Bréfritari: Stefanía Siggeirsdóttir
Viðtakandi: Páll Pálsson
Dagsetning: A-1865-11-18
Skrifað á: Hraungerði  Árn.
Stefanía var bróðurdóttir Páls Pálssonar

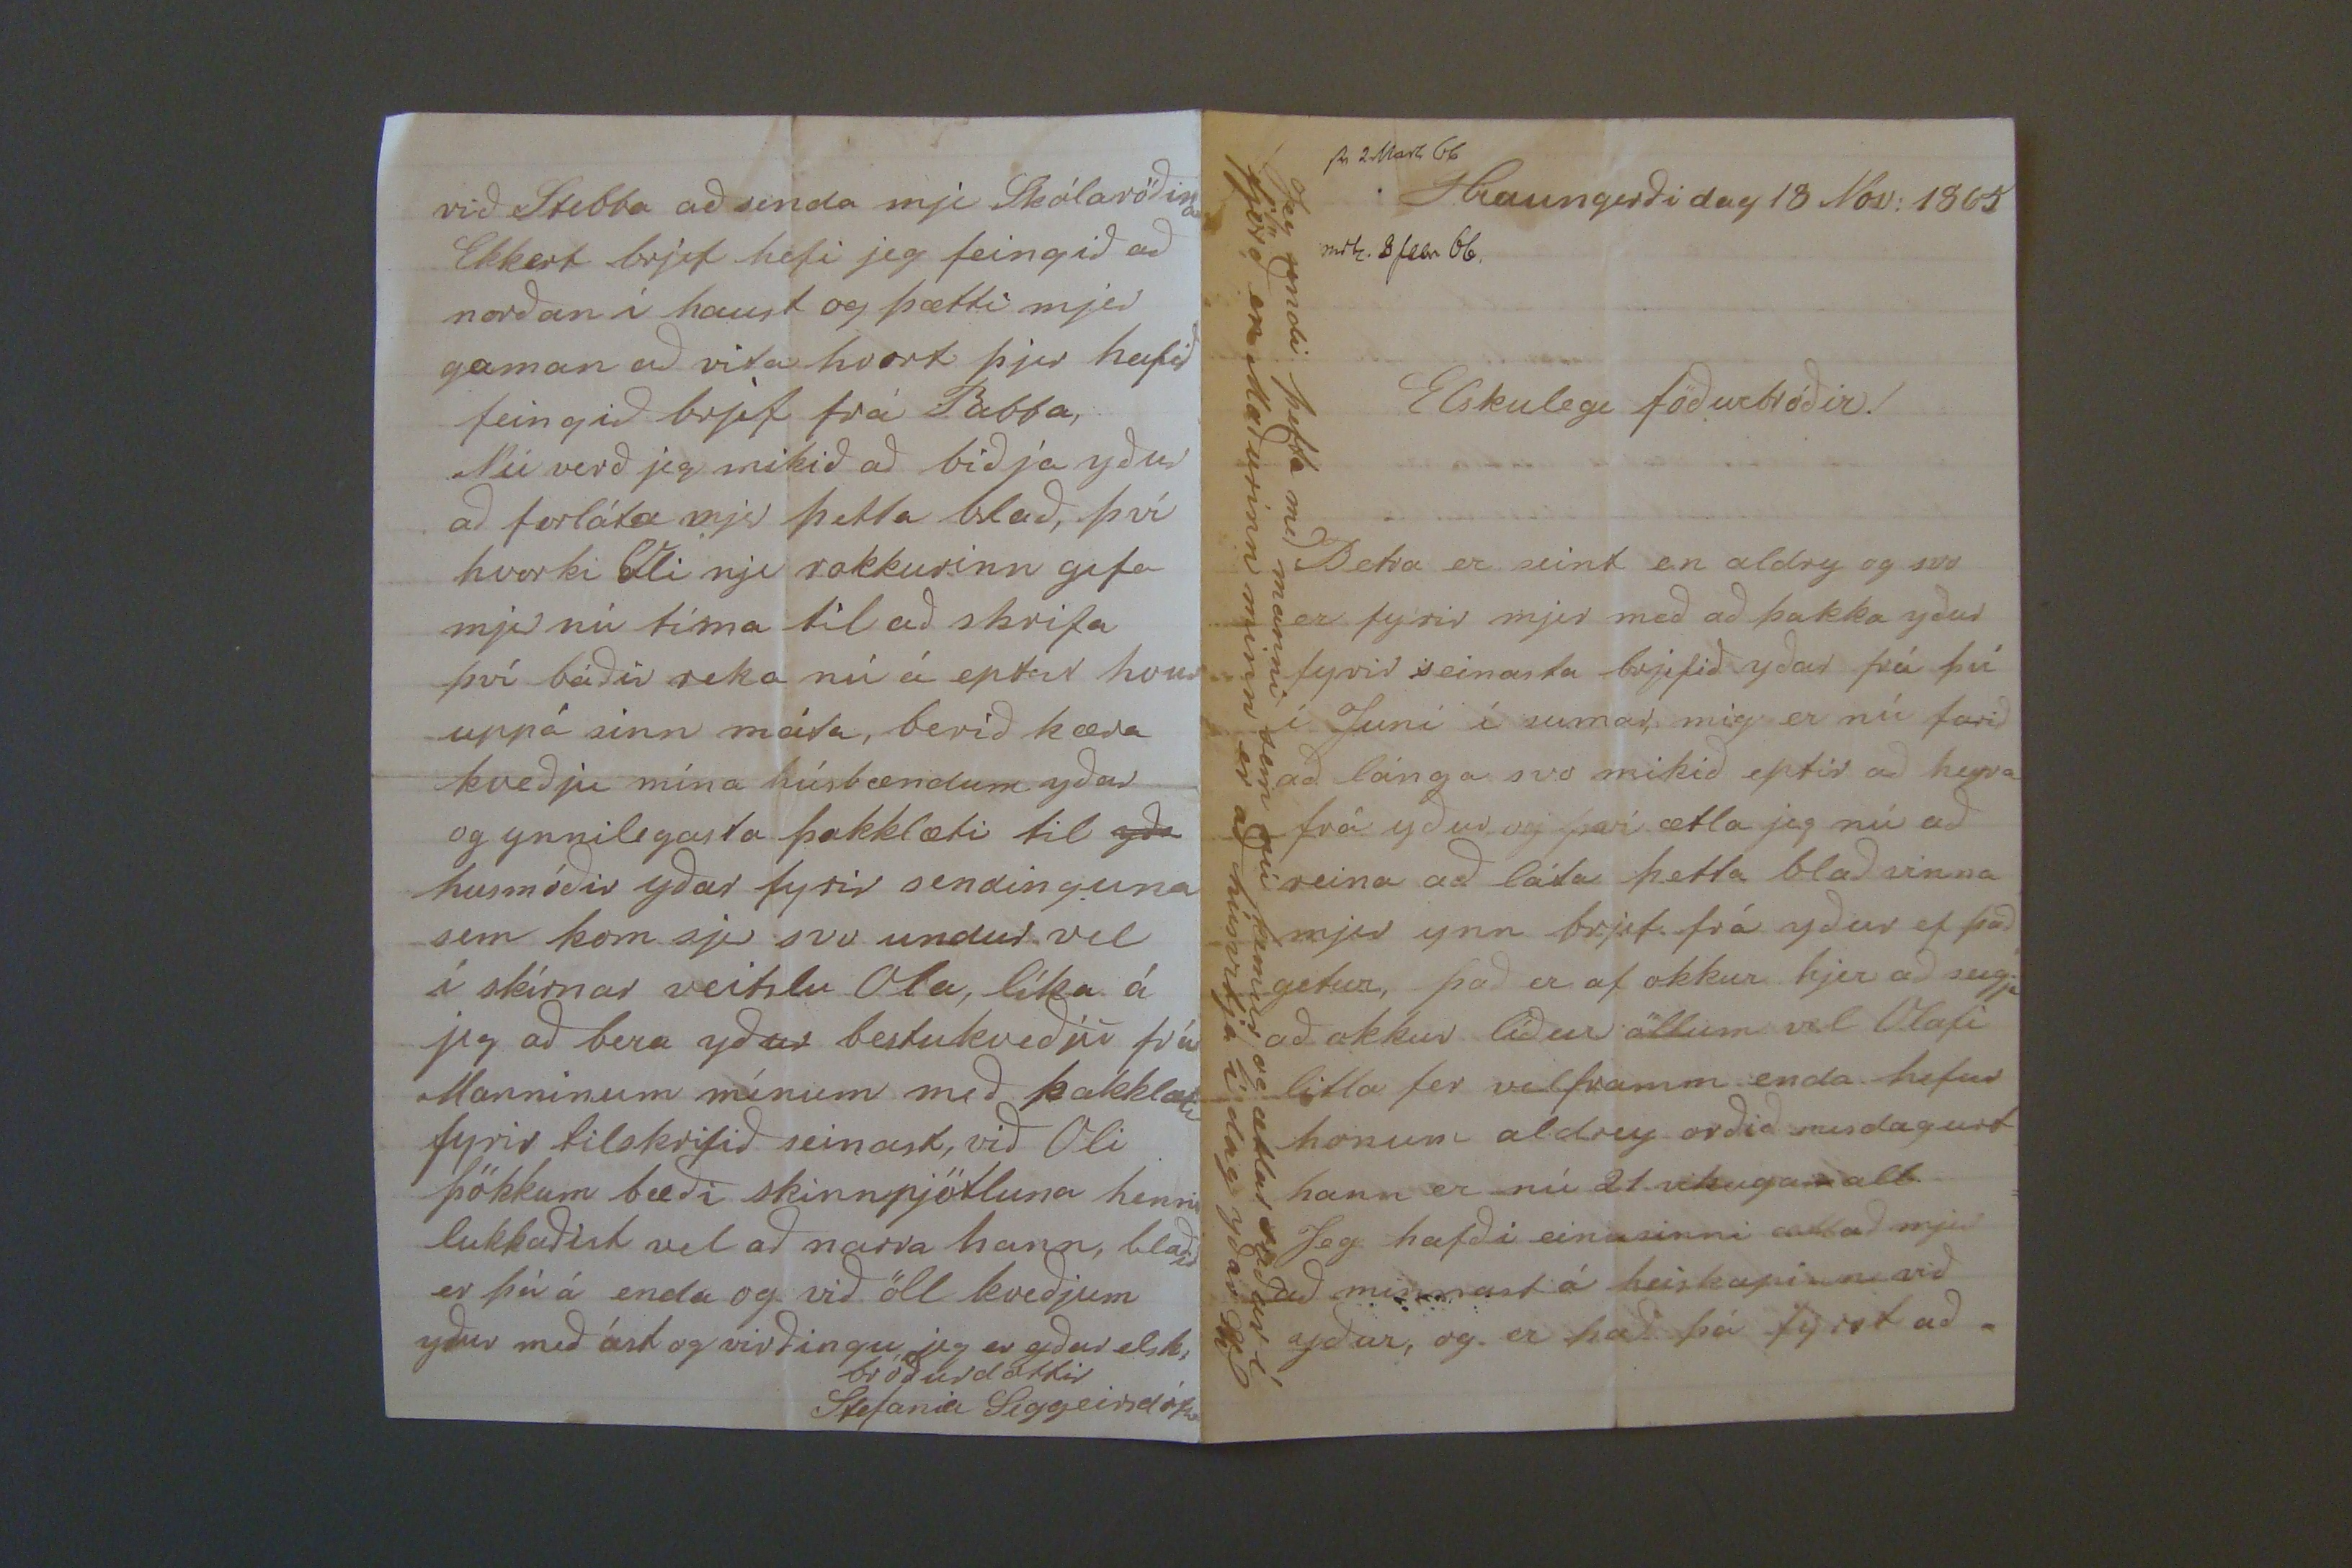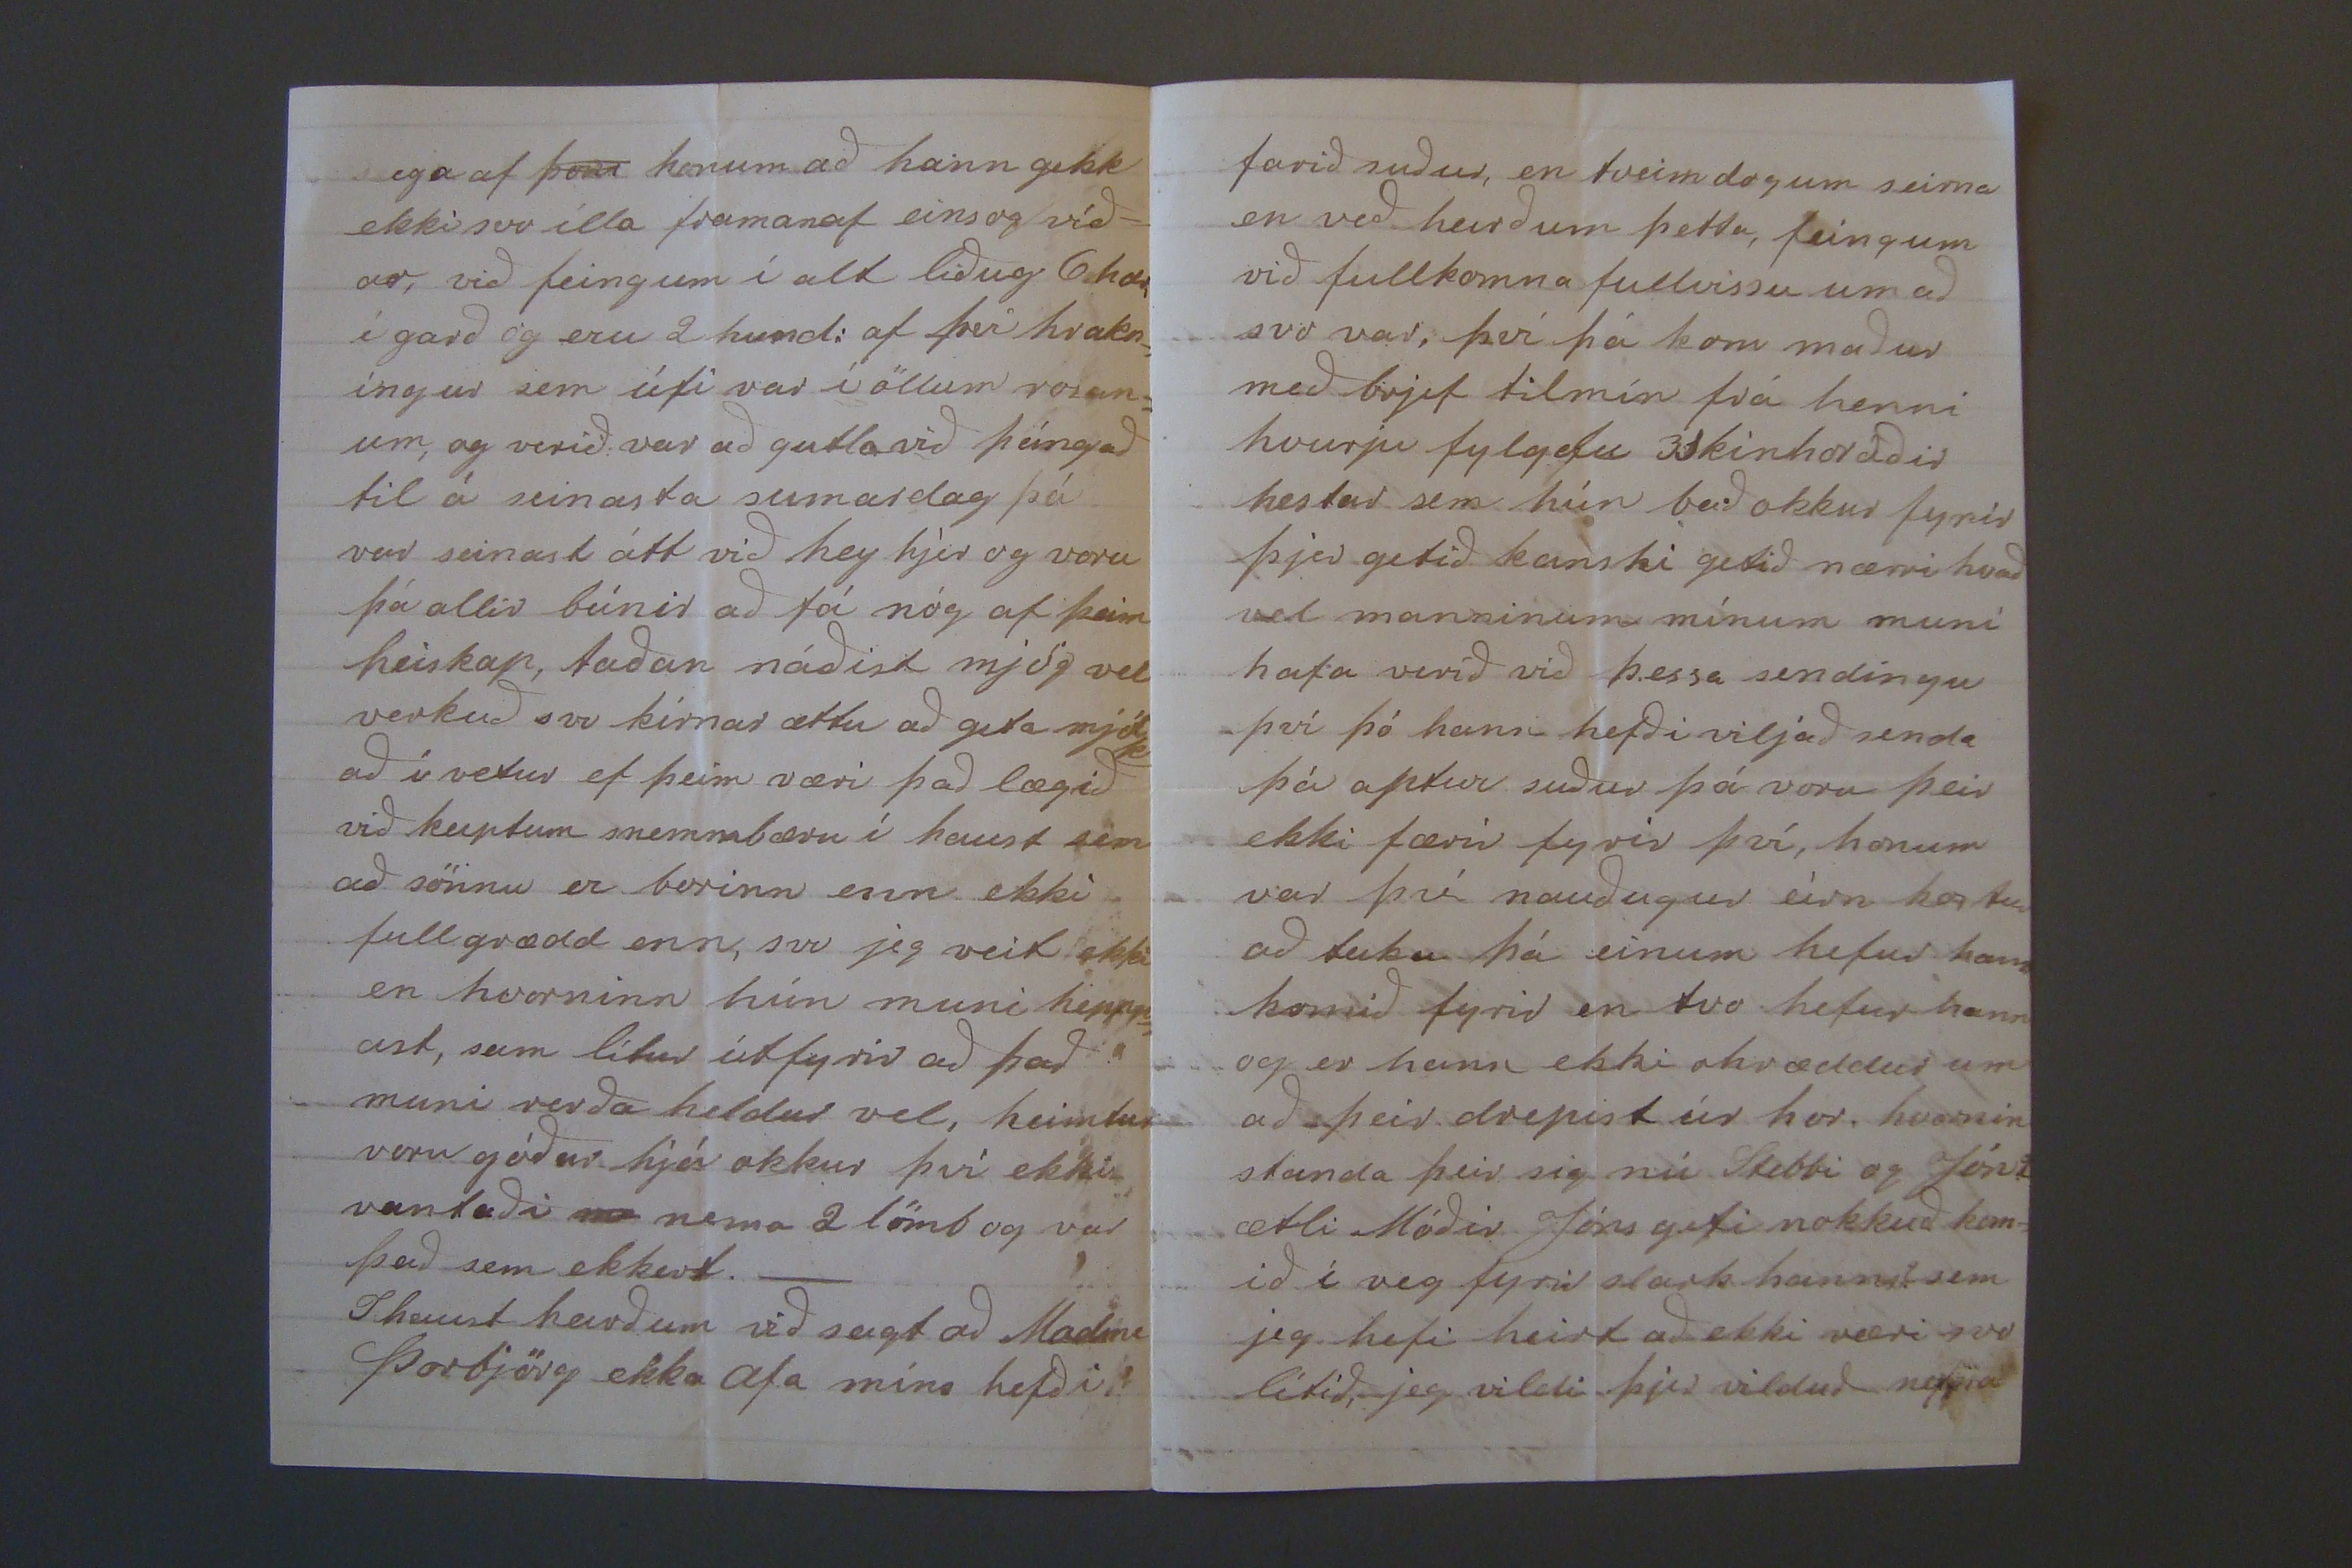

sv 2 Marz 66 Hraungerði dag 18 Nóv: 1865
m000 8 febr 66.
Elskulegi föðurbróðir!
Betra er seint en aldrey og svo er fyrir mjer með að þakka yður fyrir seinasta brjefið yðar frá því í Juní í sumar, mig er nú farið að lánga svo mikið eptir að heyra frá yður og því ætla jeg nú að reina að láta þetta blað vinna mjer ynn brjefi frá yður ef það getur, það er af okkur hjer að seigja að okkur líður öllum vel Olafi litla fer velframm enda hefur honum aldrey orðið misdægurt hann er nú 21 vikugamall Jeg hafði einusinni ætlað mjer að minnast á heiskapinn við yður, og er það þá fyrst að
Jeg sendi þetta með manni sem nú kemur og ætlar suður í fjörð, en Maðurinn minn er að húsvitja í dag yðar Ste
eg a af
þem
honum að hann gekk ekki svo illa framanaf einsog víð= ar, við feingum í alt lið
ug 6 hæ0
í garð og eru 2 hund: af því hrakn= ingur sem úti var í öllum vosun= um, og verið: var að gutla við þángað til á seinasta sumardag á var seinast átt við hey hjer og voru þá allir búnir að fá nóg af þeim heiskap, taðan náðist mjög vel verkuð svo kírnar ættu að geta mjólk= að i vetur ef þeim væri það lægið við keiptum snemmbæru í haust sem að sönnu er borinn enn ekki fullgrædd enn, svo jeg veit ekki en hvorninn hún muni heppn= ast, sem lítur út fyrir að það muni verða heldur vel, heimtur voru góðar hjá okkur því ekki vantaði
ne
nema 2 lömb og var það sem ekkert._ I haust heirðum við sagt að Madme Þorbjörg ekka afa míns hefði
farið suður, en tveim dogum seirna en við heirðum þetta, feingum við fullkomna fullvissu um að svo var, því þá kom maður með brjef til mín frá henni hvurju fylgdu 3 skinhoraðir hestar sem hún bað okkur fyrir þjer getið kanski getið nærri hvað vel manninum mínum muni hafa verið við þessa sendingu því þó hann hefði viljað senda þá aptur suður þá voru þeir ekki færir fyrir því, honum var því nauðugur eirn kostur að
0eiku
þá einum hefur hann komið fyrir en tvo hefur hann og er hann ekki ohræddur um að þeir drepist úr hor, hvornin standa þeir sig nú Stebbi og Jón? ætli Móðir Jóns geti nokkuð kom= ið í veg fyrir
slark
hanns? sem jeg hefi heirt að ekki væri svo
við Stebba að senda mjer Skólaröðina Ekkert brjef hefi jeg feingið að norðan í haust og þætti mjer gaman að vita hvort þjer hafið feingið brjef frá Pabba, Nú verð jeg mikið að biðja yður að forláta mjer þetta blað, því hvorki
Oli
nje rokkurinn gefa mjer nú tíma til að skrifa því báðir reka nú á eptir hvurn uppá sinn máta, berið kæra kveðju mína húsbændum yðar og ynnilegasta þakklæti til
yðu
husmóðir yðar fyrir sendinguna sem kom sjer svo undur vel í skírnar veitslu Ola, líka á jeg að bera yður bestukveðju frá Manninum mínum með þakklæti fyrir tilskrifið seinast, við Oli þökkum bæði skinnpjötluna henni lukkaðist vel að narra hann, blaðið er þá á enda og við öll kveðjum yður með ást og virðingu jeg er yður elsk: bróðurdóttir
Stefania Siggeirsdóttir